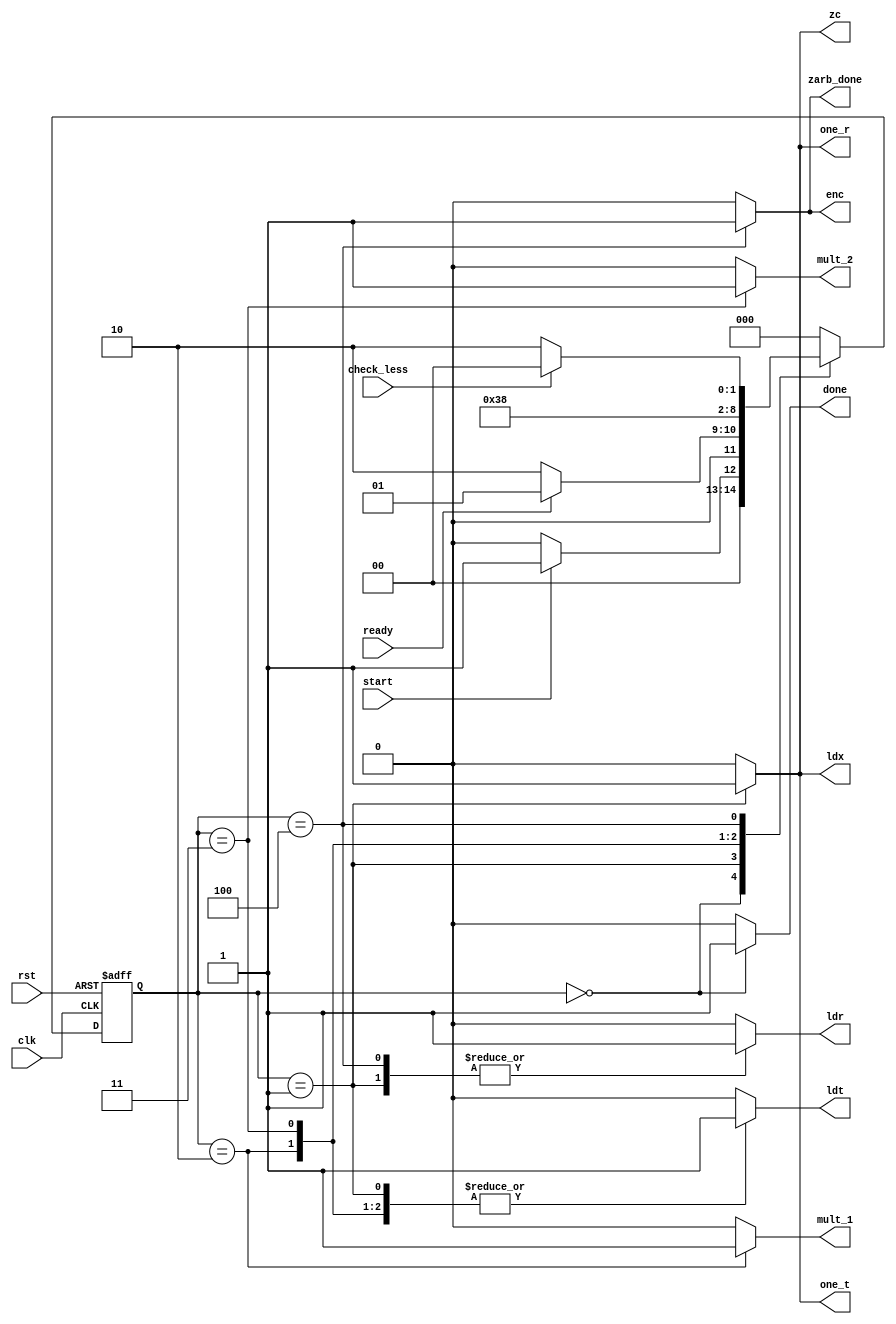
`timescale 1ns/1ns
module controller(input clk, rst, start, ready,check_less,
                     output reg done, mult_1, mult_2, ldt, ldx, ldr,one_t,one_r,zc, enc,zarb_done);
reg [2:0]ps,ns;
parameter [2:0] idle = 0,init = 1,mult1 = 2,mult2 = 3, add = 4;
always@(ps , start,ready, check_less)begin
ns = idle;
   case(ps) 
       idle:
           ns = start ? init : idle;
       init:
           ns = ready ? init : mult1;
       mult1:
           ns = mult2;
       mult2:
           ns = add;
       add:
           ns = check_less ? idle : mult1;
    endcase
end

always@(ps , check_less, start, ready)begin
done = 1'b0; ldt = 1'b0; ldr = 1'b0;ldx = 1'b0;
mult_1 = 1'b0; mult_2 = 1'b0;zc = 1'b0; enc = 1'b0;
one_t = 1'b0 ; one_r = 1'b0;zarb_done = 1'b0;
   case(ps) 
       idle:
           done = 1'b1;

       init:
           begin
             ldt = 1;
             ldr = 1;
	     ldx = 1;
	     zc = 1;
	     one_t = 1;
 	     one_r = 1;
           end

       mult1:
           begin
             ldt = 1;
             mult_1 = 1;
           end

       mult2:
           begin
             ldt = 1;
             mult_2 = 1;
           end

       add:
           begin
 	     zarb_done = 1'b1;
             enc = 1;
             ldr = 1;
           end
    endcase
end

always@(posedge clk , posedge rst)begin
      if(rst)
         ps <= idle;
      else
         ps <= ns;
end
endmodule